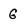
Character: 6